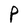
Character: P